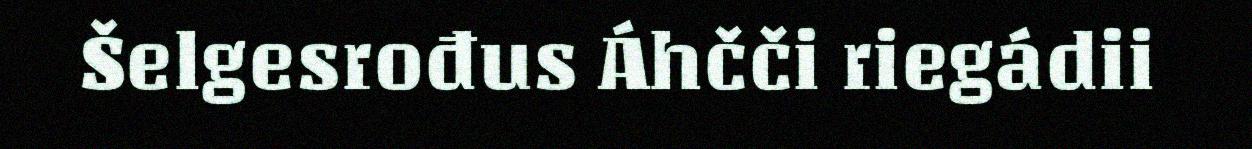
Šelgesrođus Áhčči riegádii